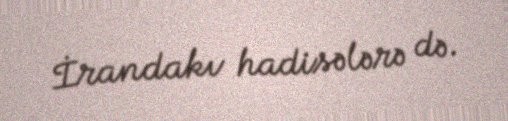
İrandakı hadisələrə də.